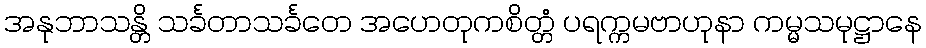
အနုဘာသန္တိ သင်္ခတာသင်္ခတေ အဟေတုကစိတ္တံ ပရက္ကမဗာဟုနာ ကမ္မသမုဋ္ဌာနေ